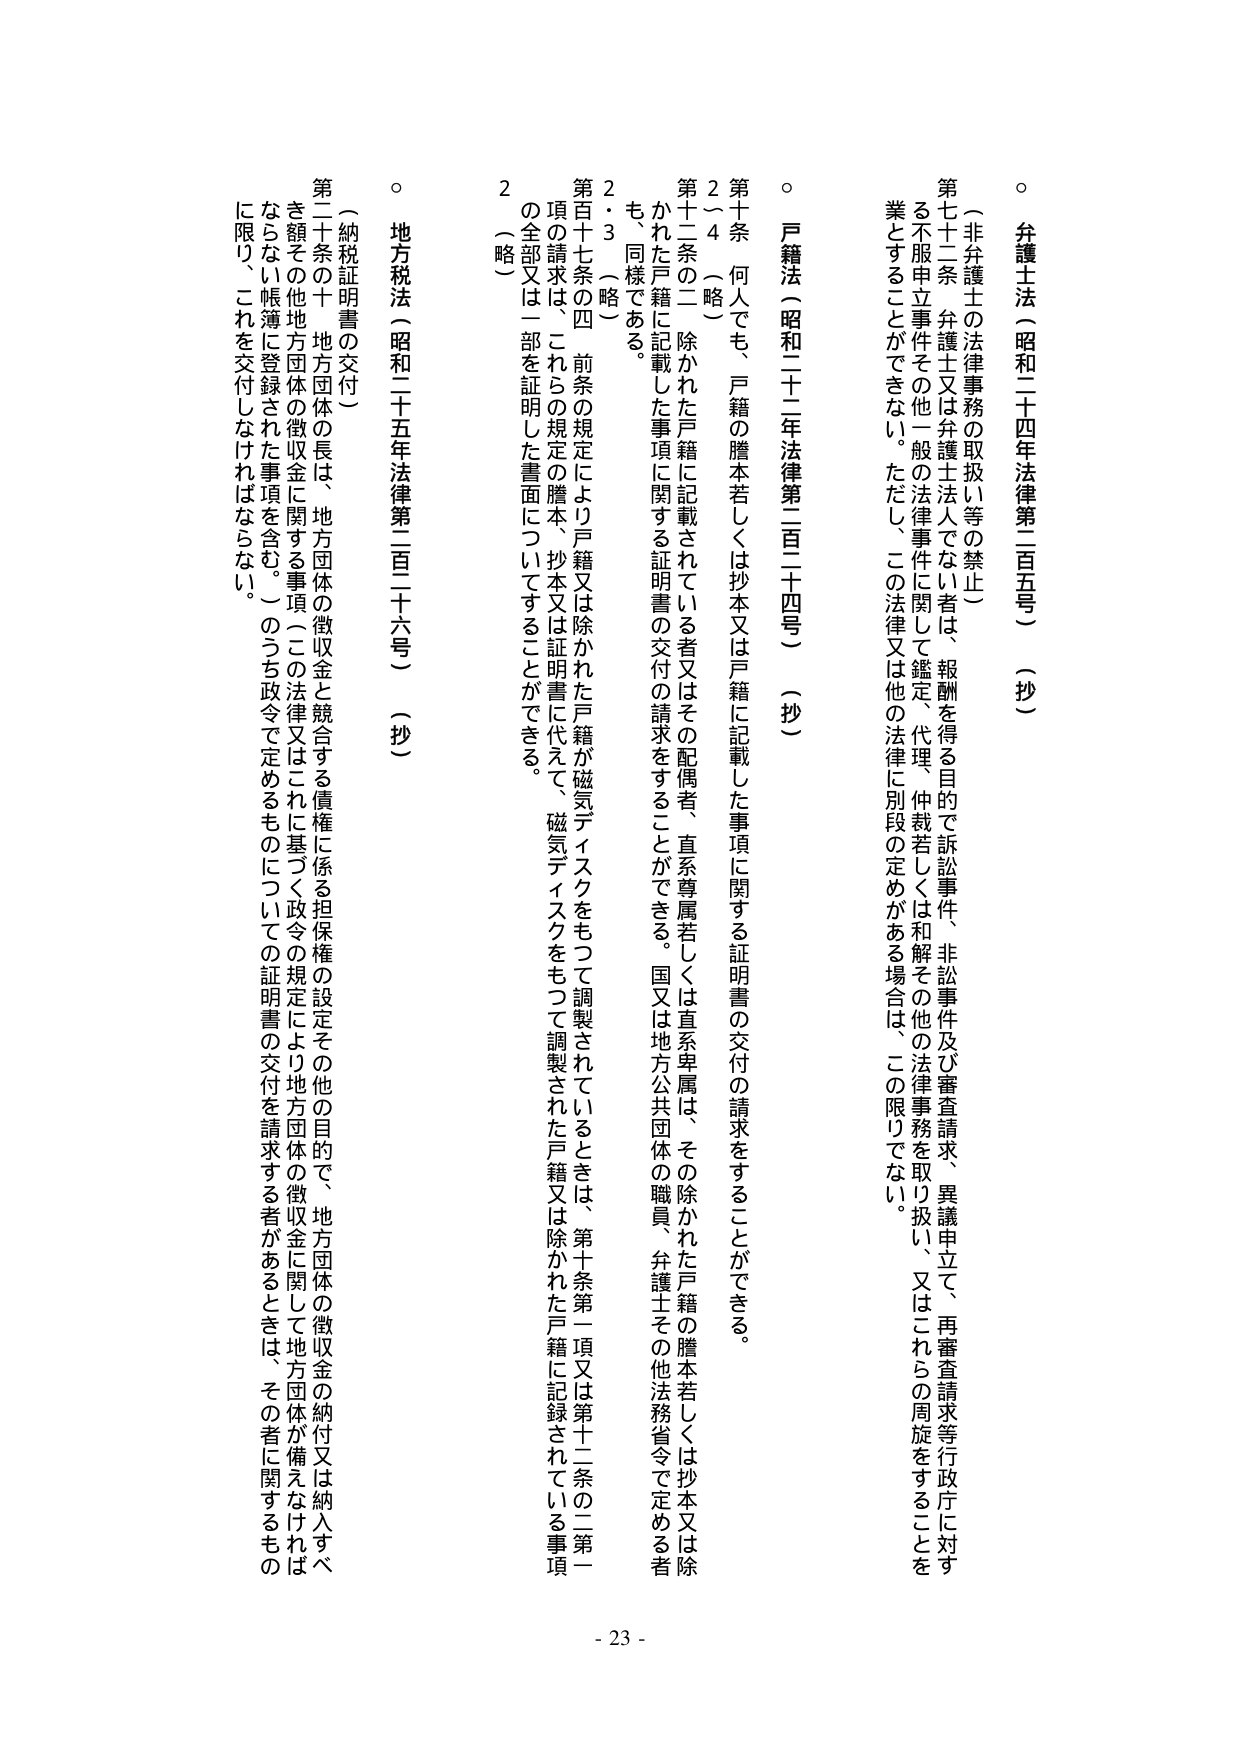
○ 弁護士法（昭和二十四年法律第二百五号）（抄）
（非弁護士の法律事務の取扱い等の禁止）
第七十二条 弁護士又は弁護士法人でない者は、報酬を得る目的で訴訟事件、非訟事件及び審査請求、異議申立て、再審査請求等行政庁に対する不服申立事件その他一般の法律事件に関して鑑定、代理、仲裁若しくは和解その他の法律事務を取り扱い、又はこれらの周旋をすることを業とすることができない。ただし、この法律又は他の法律に別段の定めがある場合は、この限りでない。

○ 戸籍法（昭和二十二年法律第二百二十四号）（抄）
第十条 何人でも、戸籍の謄本若しくは抄本又は戸籍に記載した事項に関する証明書の交付の請求をすることができる。
２～４（略）
第十二条の二 除かれた戸籍に記載されている者又はその配偶者、直系尊属若しくは直系卑属は、その除かれた戸籍の謄本若しくは抄本又は除かれた戸籍に記載した事項に関する証明書の交付の請求をすることができる。国又は地方公共団体の職員、弁護士その他法務省令で定める者も、同様である。
２・３（略）
第百十七条の四 前条の規定により戸籍又は除かれた戸籍が磁気ディスクをもつて調製されているときは、第十条第一項又は第十二条の二第一項の請求は、これらの規定の謄本、抄本又は証明書に代えて、磁気ディスクをもつて調製された戸籍又は除かれた戸籍に記録されている事項の全部又は一部を証明した書面についてすることができる。
２（略）

○ 地方税法（昭和二十五年法律第二百二十六号）（抄）
（納税証明書の交付）
第二十条の十 地方団体の長は、地方団体の徴収金と競合する債権に係る担保権の設定その他の目的で、地方団体の徴収金の納付又は納入すべき額その他地方団体の徴収金に関する事項（この法律又はこれに基づく政令の規定により地方団体の徴収金に関して地方団体が備えなければならぬ帳簿に登録された事項を含む。）のうち政令で定めるものについての証明書の交付を請求する者があるときは、その者に関するものに限り、これを交付しなければならない。

- 23 -